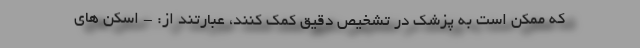
که ممکن است به پزشک در تشخیص دقیق کمک کنند، عبارتند از: - اسکن های